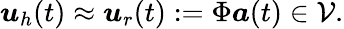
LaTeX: \boldsymbol{u}_{h}(t)\approx\boldsymbol{u}_{r}(t):=\Phi\boldsymbol{a}(t)\in\mathcal{V}.